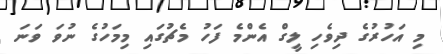
މި އަހުރުގެ ދިވެހި ލީގް އެންމެ ފަހު މެޗުގައި މިމަހުގެ ނުވަ ވަނަ